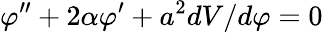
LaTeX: \varphi^{\prime\prime}+2\alpha\varphi^{\prime}+a^{2}dV/d\varphi=0